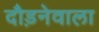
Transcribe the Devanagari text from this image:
दौड़नेवाला